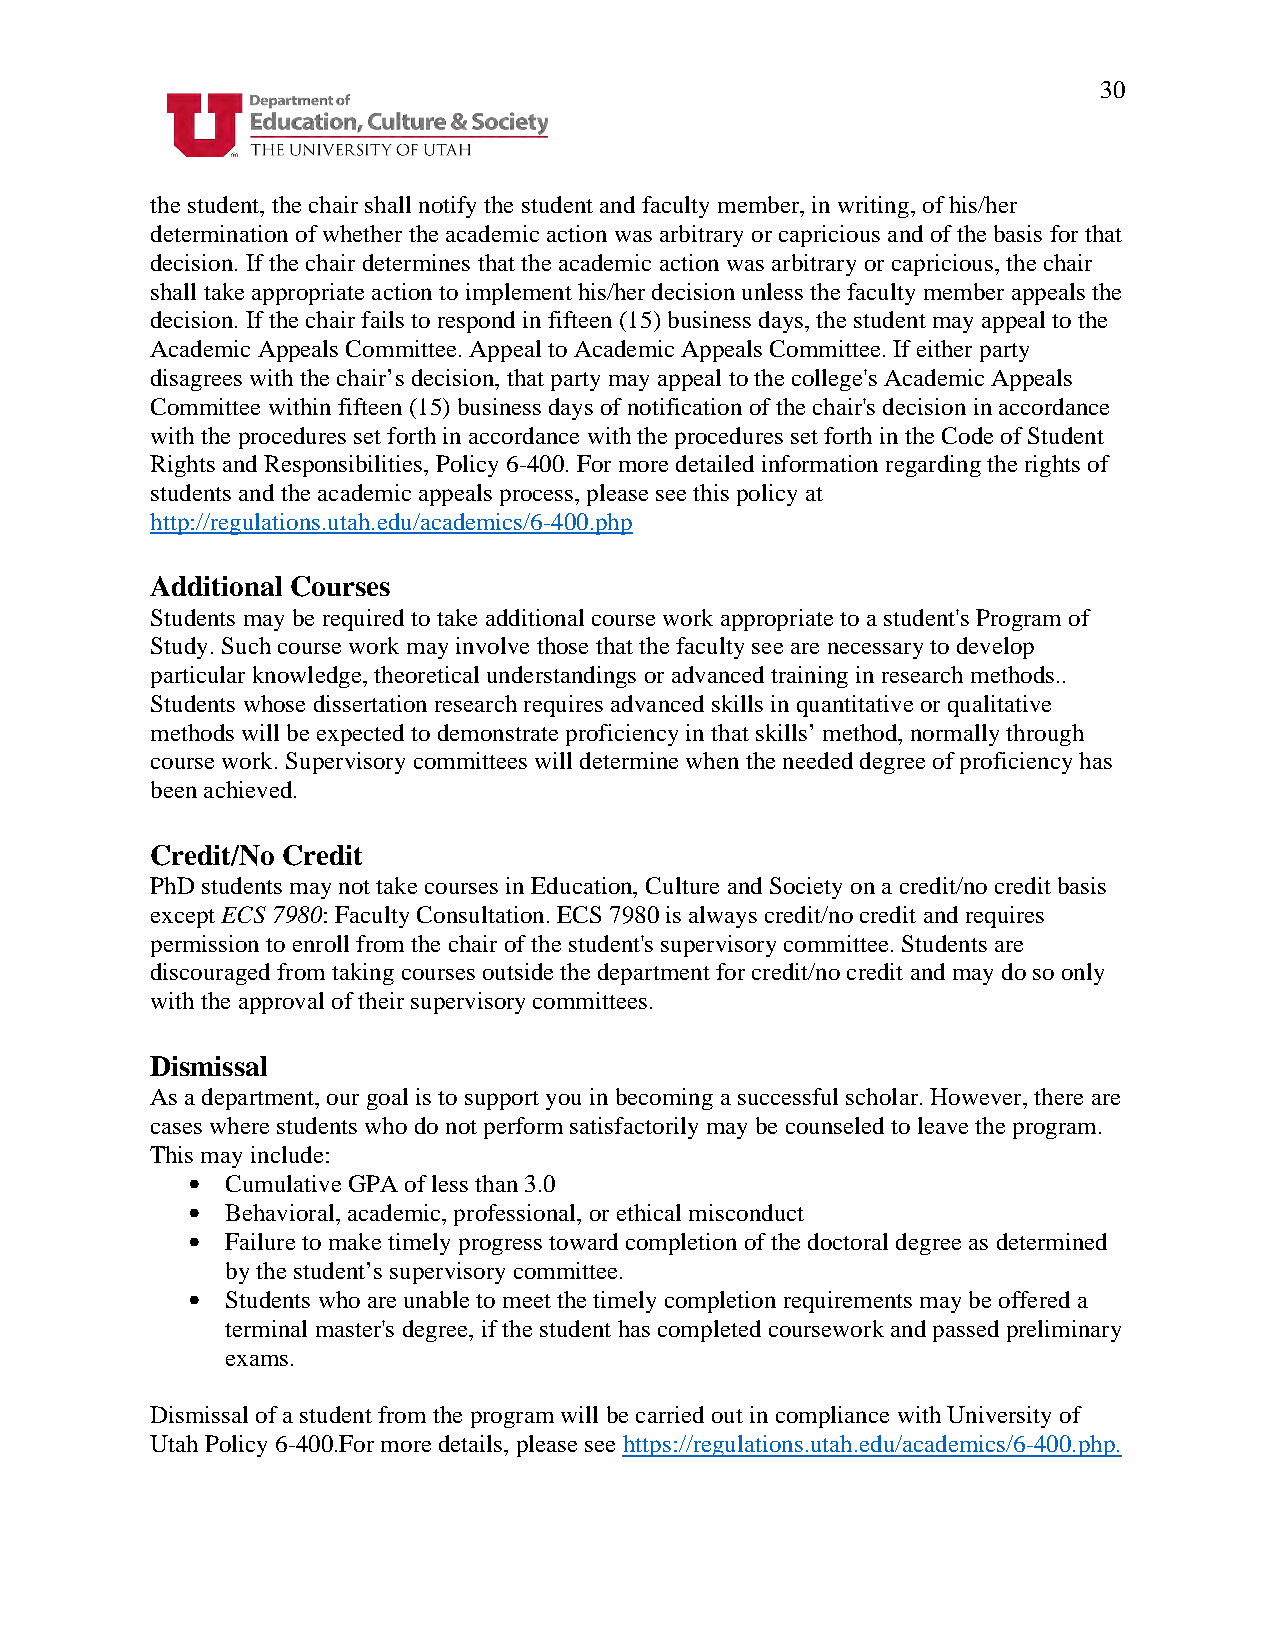
30
 the student, the chair shall notify the student and faculty member, in writing, of his/her
 determination of whether the academic action was arbitrary or capricious and of the basis for that
 decision. If the chair determines that the academic action was arbitrary or capricious, the chair
 shall take appropriate action to implement his/her decision unless the faculty member appeals the
 decision. If the chair fails to respond in fifteen (15) business days, the student may appeal to the
 Academic Appeals Committee. Appeal to Academic Appeals Committee. If either party
 disagrees with the chair’s decision, that party may appeal to the college's Academic Appeals
 Committee within fifteen (15) business days of notification of the chair's decision in accordance
 with the procedures set forth in accordance with the procedures set forth in the Code of Student
 Rights and Responsibilities, Policy 6-400. For more detailed information regarding the rights of
 students and the academic appeals process, please see this policy at
 http://regulations.utah.edu/academics/6-400.php
 Additional Courses
 Students may be required to take additional course work appropriate to a student's Program of
 Study. Such course work may involve those that the faculty see are necessary to develop
 particular knowledge, theoretical understandings or advanced training in research methods..
 Students whose dissertation research requires advanced skills in quantitative or qualitative
 methods will be expected to demonstrate proficiency in that skills’ method, normally through
 course work. Supervisory committees will determine when the needed degree of proficiency has
 been achieved.
 Credit/No Credit
 PhD students may not take courses in Education, Culture and Society on a credit/no credit basis
 except ECS 7980: Faculty Consultation. ECS 7980 is always credit/no credit and requires
 permission to enroll from the chair of the student's supervisory committee. Students are
 discouraged from taking courses outside the department for credit/no credit and may do so only
 with the approval of their supervisory committees.
 Dismissal
 As a department, our goal is to support you in becoming a successful scholar. However, there are
 cases where students who do not perform satisfactorily may be counseled to leave the program.
 This may include:
 •  Cumulative GPA of less than 3.0
 •  Behavioral, academic, professional, or ethical misconduct
 •  Failure to make timely progress toward completion of the doctoral degree as determined
 by the student’s supervisory committee.
 •  Students who are unable to meet the timely completion requirements may be offered a
 terminal master's degree, if the student has completed coursework and passed preliminary
 exams.
 Dismissal of a student from the program will be carried out in compliance with University of
 Utah Policy 6-400.For more details, please see https://regulations.utah.edu/academics/6-400.php.